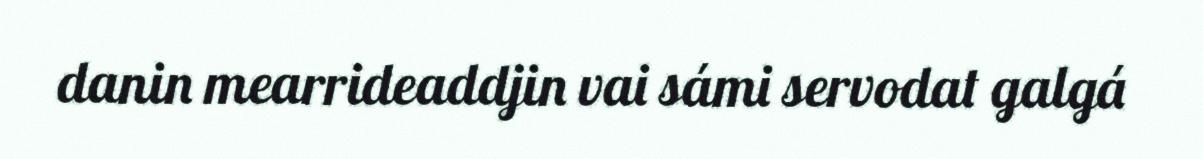
danin mearrideaddjin vai sámi servodat galgá